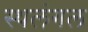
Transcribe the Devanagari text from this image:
स्थलंगल